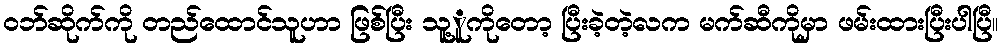
ဝဘ်ဆိုက်ကို တည်ထောင်သူဟာ ဖြစ်ပြီး သူ့ူကိုတော့ ပြီးခဲ့တဲ့လက မက်ဆီကိုမှာ ဖမ်းထားပြီးပါပြီ။